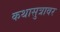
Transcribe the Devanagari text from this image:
कथासुत्रावर